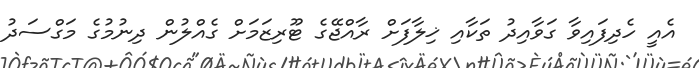
އެއީ ހެދިފައިވާ ގަވާއިދު ތަކާއި ޚިލާފަށް ރާއްޖޭގެ ޓޫރިޒަމަށް ގެއްލުން ދިނުމުގެ މަގްސަދު